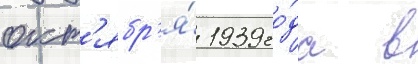
окт'ябр'я́ 1939 го́да в